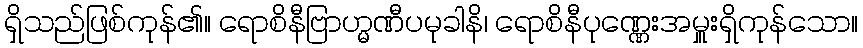
ရှိသည်ဖြစ်ကုန်၏။ ရောစိနီဗြာဟ္မဏီပမုခါနိ၊ ရောစိနီပုဏ္ဏေးအမှူးရှိကုန်သော။